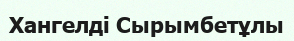
Хангелді Сырымбетұлы